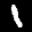
Label: 1